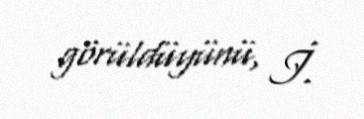
görüldüyünü, İ.